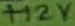
Text: +12V